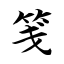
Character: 笺